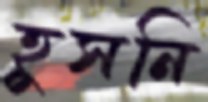
হুসনি